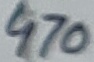
Text: 470